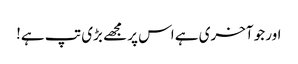
اور جو آخری ہے اس پر مجھے بڑی تپ ہے!